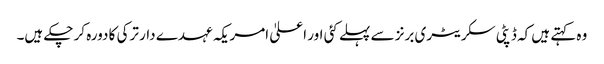
وہ کہتے ہیں کہ ڈپٹی سکریٹری برنز سے پہلے کئی اور اعلیٰ امریکہ عہدے دار ترکی کا دورہ کر چکے ہیں۔